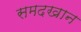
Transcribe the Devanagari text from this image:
समदखान